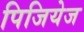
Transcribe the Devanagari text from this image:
पिजियेज